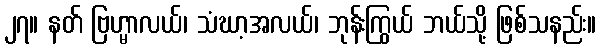
၂၇။ နတ် ဗြဟ္မာလယ်၊ သံဃာ့အလယ်၊ ဘုန်းကြွယ် ဘယ်သို့ ဖြစ်သနည်း။